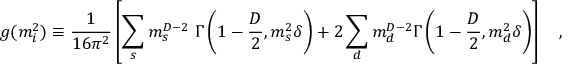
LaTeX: g ( m _ { i } ^ { 2 } ) \equiv { \frac { 1 } { 1 6 \pi ^ { 2 } } } \left[ \sum _ { s } m _ { s } ^ { D - 2 } { } ~ \Gamma \left( 1 - \frac D 2 , m _ { s } ^ { 2 } \delta \right) + 2 \sum _ { d } m _ { d } ^ { D - 2 } \Gamma \left( 1 - \frac D 2 , m _ { d } ^ { 2 } \delta \right) \right] ~ ~ ~ ,